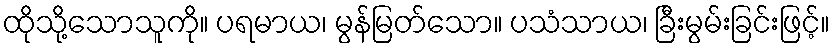
ထိုသို့သောသူကို။ ပရမာယ၊ မွန်မြတ်သော။ ပသံသာယ၊ ခြီးမွမ်းခြင်းဖြင့်။